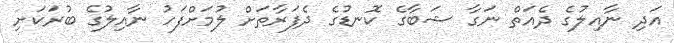
އަދި ނާއިލުގެ ދެއަތް ނަގާ ޝަބާގެ ކޮނޑުގެ ދެފަރާތަށް ލުމަށްފަހު ނާއިލުގެ ބުރަކަށި